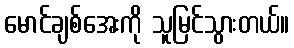
မောင်ချစ်အေးကို သူမြင်သွားတယ်။